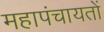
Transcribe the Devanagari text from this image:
महापंचायतों